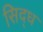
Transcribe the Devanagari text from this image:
सिद्‌ध